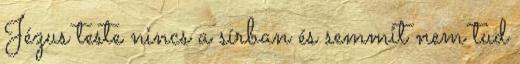
Jézus teste nincs a sírban és semmit nem tud